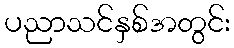
ပညာသင်နှစ်အတွင်း